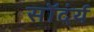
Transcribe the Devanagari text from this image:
सॉदंर्य